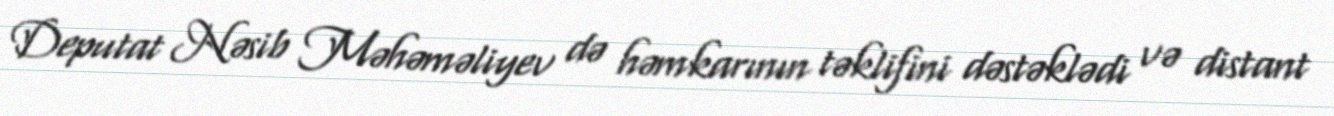
Deputat Nəsib Məhəməliyev də həmkarının təklifini dəstəklədi və distant